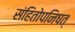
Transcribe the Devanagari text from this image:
संहितोपनिषत्